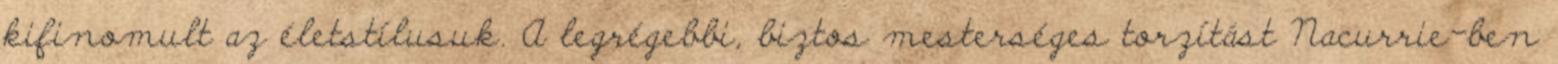
kifinomult az életstílusuk. A legrégebbi, biztos mesterséges torzítást Nacurrie-ben